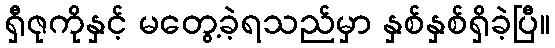
ရှီဇုကိုနှင့် မတွေ့ခဲ့ရသည်မှာ နှစ်နှစ်ရှိခဲ့ပြီ။